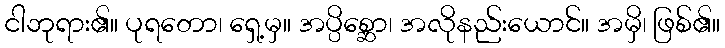
ငါဘုရား၏။ ပုရတော၊ ရှေ့မှ။ အပ္ပိစ္ဆော၊ အလိုနည်းယောင်။ အမှိ၊ ဖြစ်၏။